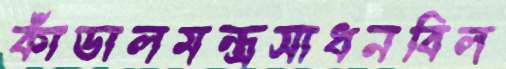
কাঁডালমন্ত্রসাধনবিল